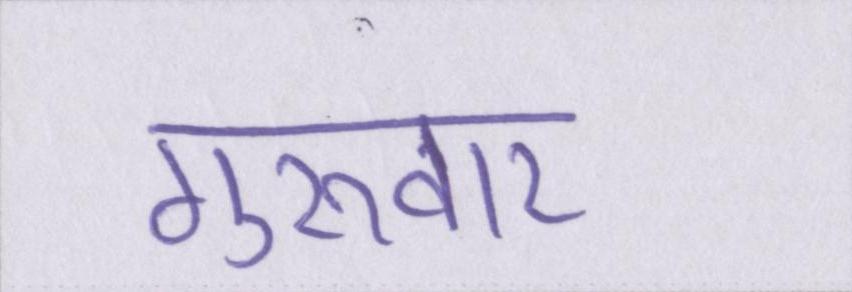
गुरूवार